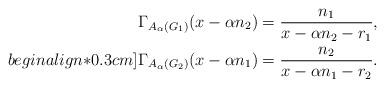
LaTeX: \begin{align*} \Gamma_{A_{\alpha}(G_1)}(x-\alpha n_2) &= \frac{n_1}{x-\alpha n_2-r_1}, \\begin{align*}0.3cm] \Gamma_{A_{\alpha}(G_2)}(x-\alpha n_1) &= \frac{n_2}{x-\alpha n_1-r_2}. \end{align*}